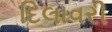
દિલાવરી